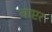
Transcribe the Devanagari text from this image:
चाप्टर